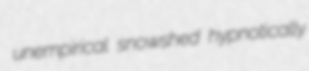
unempirical snowshed hypnotically